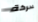
لحركة